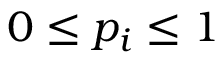
0 \le p _ { i } \le 1